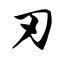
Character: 刃